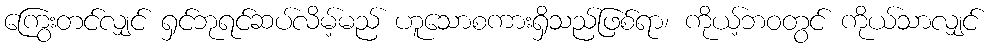
ကြွေးတင်လျှင် ရှင်ဘုရင်ဆပ်လိမ့်မည် ဟူသောစကားရှိသည်ဖြစ်ရာ၊ ကိုယ့်ဘဝတွင် ကိုယ်သာလျှင်